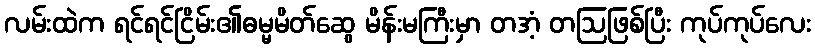
လမ်းထဲက ရင်ရင်ငြိမ်း၏ဓမ္မမိတ်ဆွေ မိန်းမကြီးမှာ တအံ့ တဩဖြစ်ပြီး ကုပ်ကုပ်လေး